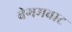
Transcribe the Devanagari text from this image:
बेगमवाट